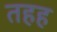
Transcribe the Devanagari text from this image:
तहह